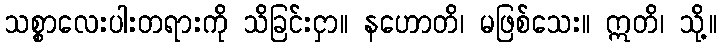
သစ္စာလေးပါးတရားကို သိခြင်းငှာ။ နဟောတိ၊ မဖြစ်သေး။ ဣတိ၊ သို့။